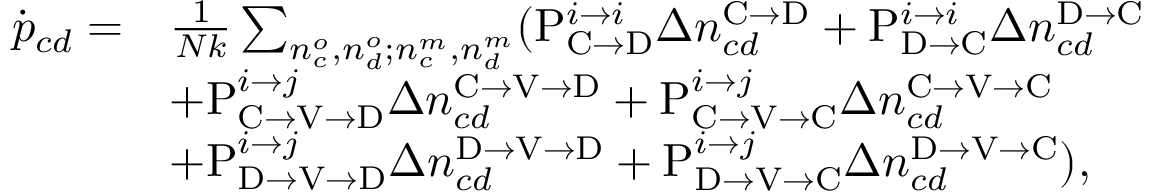
\begin{array} { r l } { \dot { p } _ { c d } = } & { \frac { 1 } { N k } \sum _ { n _ { c } ^ { o } , n _ { d } ^ { o } ; n _ { c } ^ { m } , n _ { d } ^ { m } } ( \mathrm { P } _ { \mathrm { C } \rightarrow \mathrm { D } } ^ { i \rightarrow i } \Delta n _ { c d } ^ { \mathrm { C } \rightarrow \mathrm { D } } + \mathrm { P } _ { \mathrm { D } \rightarrow \mathrm { C } } ^ { i \rightarrow i } \Delta n _ { c d } ^ { \mathrm { D } \rightarrow \mathrm { C } } } \\ & { + \mathrm { P } _ { \mathrm { C } \rightarrow \mathrm { V } \rightarrow \mathrm { D } } ^ { i \rightarrow j } \Delta n _ { c d } ^ { \mathrm { C } \rightarrow \mathrm { V } \rightarrow \mathrm { D } } + \mathrm { P } _ { \mathrm { C } \rightarrow \mathrm { V } \rightarrow \mathrm { C } } ^ { i \rightarrow j } \Delta n _ { c d } ^ { \mathrm { C } \rightarrow \mathrm { V } \rightarrow \mathrm { C } } } \\ & { + \mathrm { P } _ { \mathrm { D } \rightarrow \mathrm { V } \rightarrow \mathrm { D } } ^ { i \rightarrow j } \Delta n _ { c d } ^ { \mathrm { D } \rightarrow \mathrm { V } \rightarrow \mathrm { D } } + \mathrm { P } _ { \mathrm { D } \rightarrow \mathrm { V } \rightarrow \mathrm { C } } ^ { i \rightarrow j } \Delta n _ { c d } ^ { \mathrm { D } \rightarrow \mathrm { V } \rightarrow \mathrm { C } } ) , } \end{array}